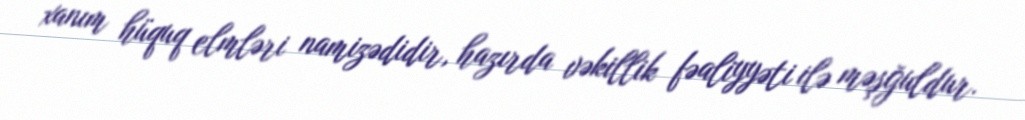
xanım hüquq elmləri namizədidir, hazırda vəkillik fəaliyyəti ilə məşğuldur.